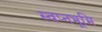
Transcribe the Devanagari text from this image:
स्वप्नभूमि